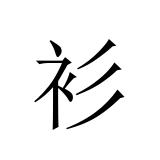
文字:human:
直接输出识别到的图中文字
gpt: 衫